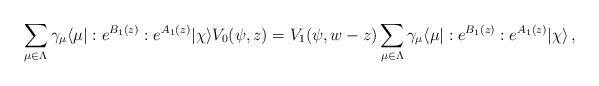
LaTeX: \begin{align*}\sum_{\mu\in\Lambda}\gamma_\mu\langle\mu|:e^{B_1(z)}:e^{A_1(z)}|\chi\rangle V_0(\psi,z)=V_1(\psi,w-z)\sum_{\mu\in\Lambda}\gamma_\mu\langle\mu|:e^{B_1(z)}:e^{A_1(z)}|\chi\rangle\,,\end{align*}